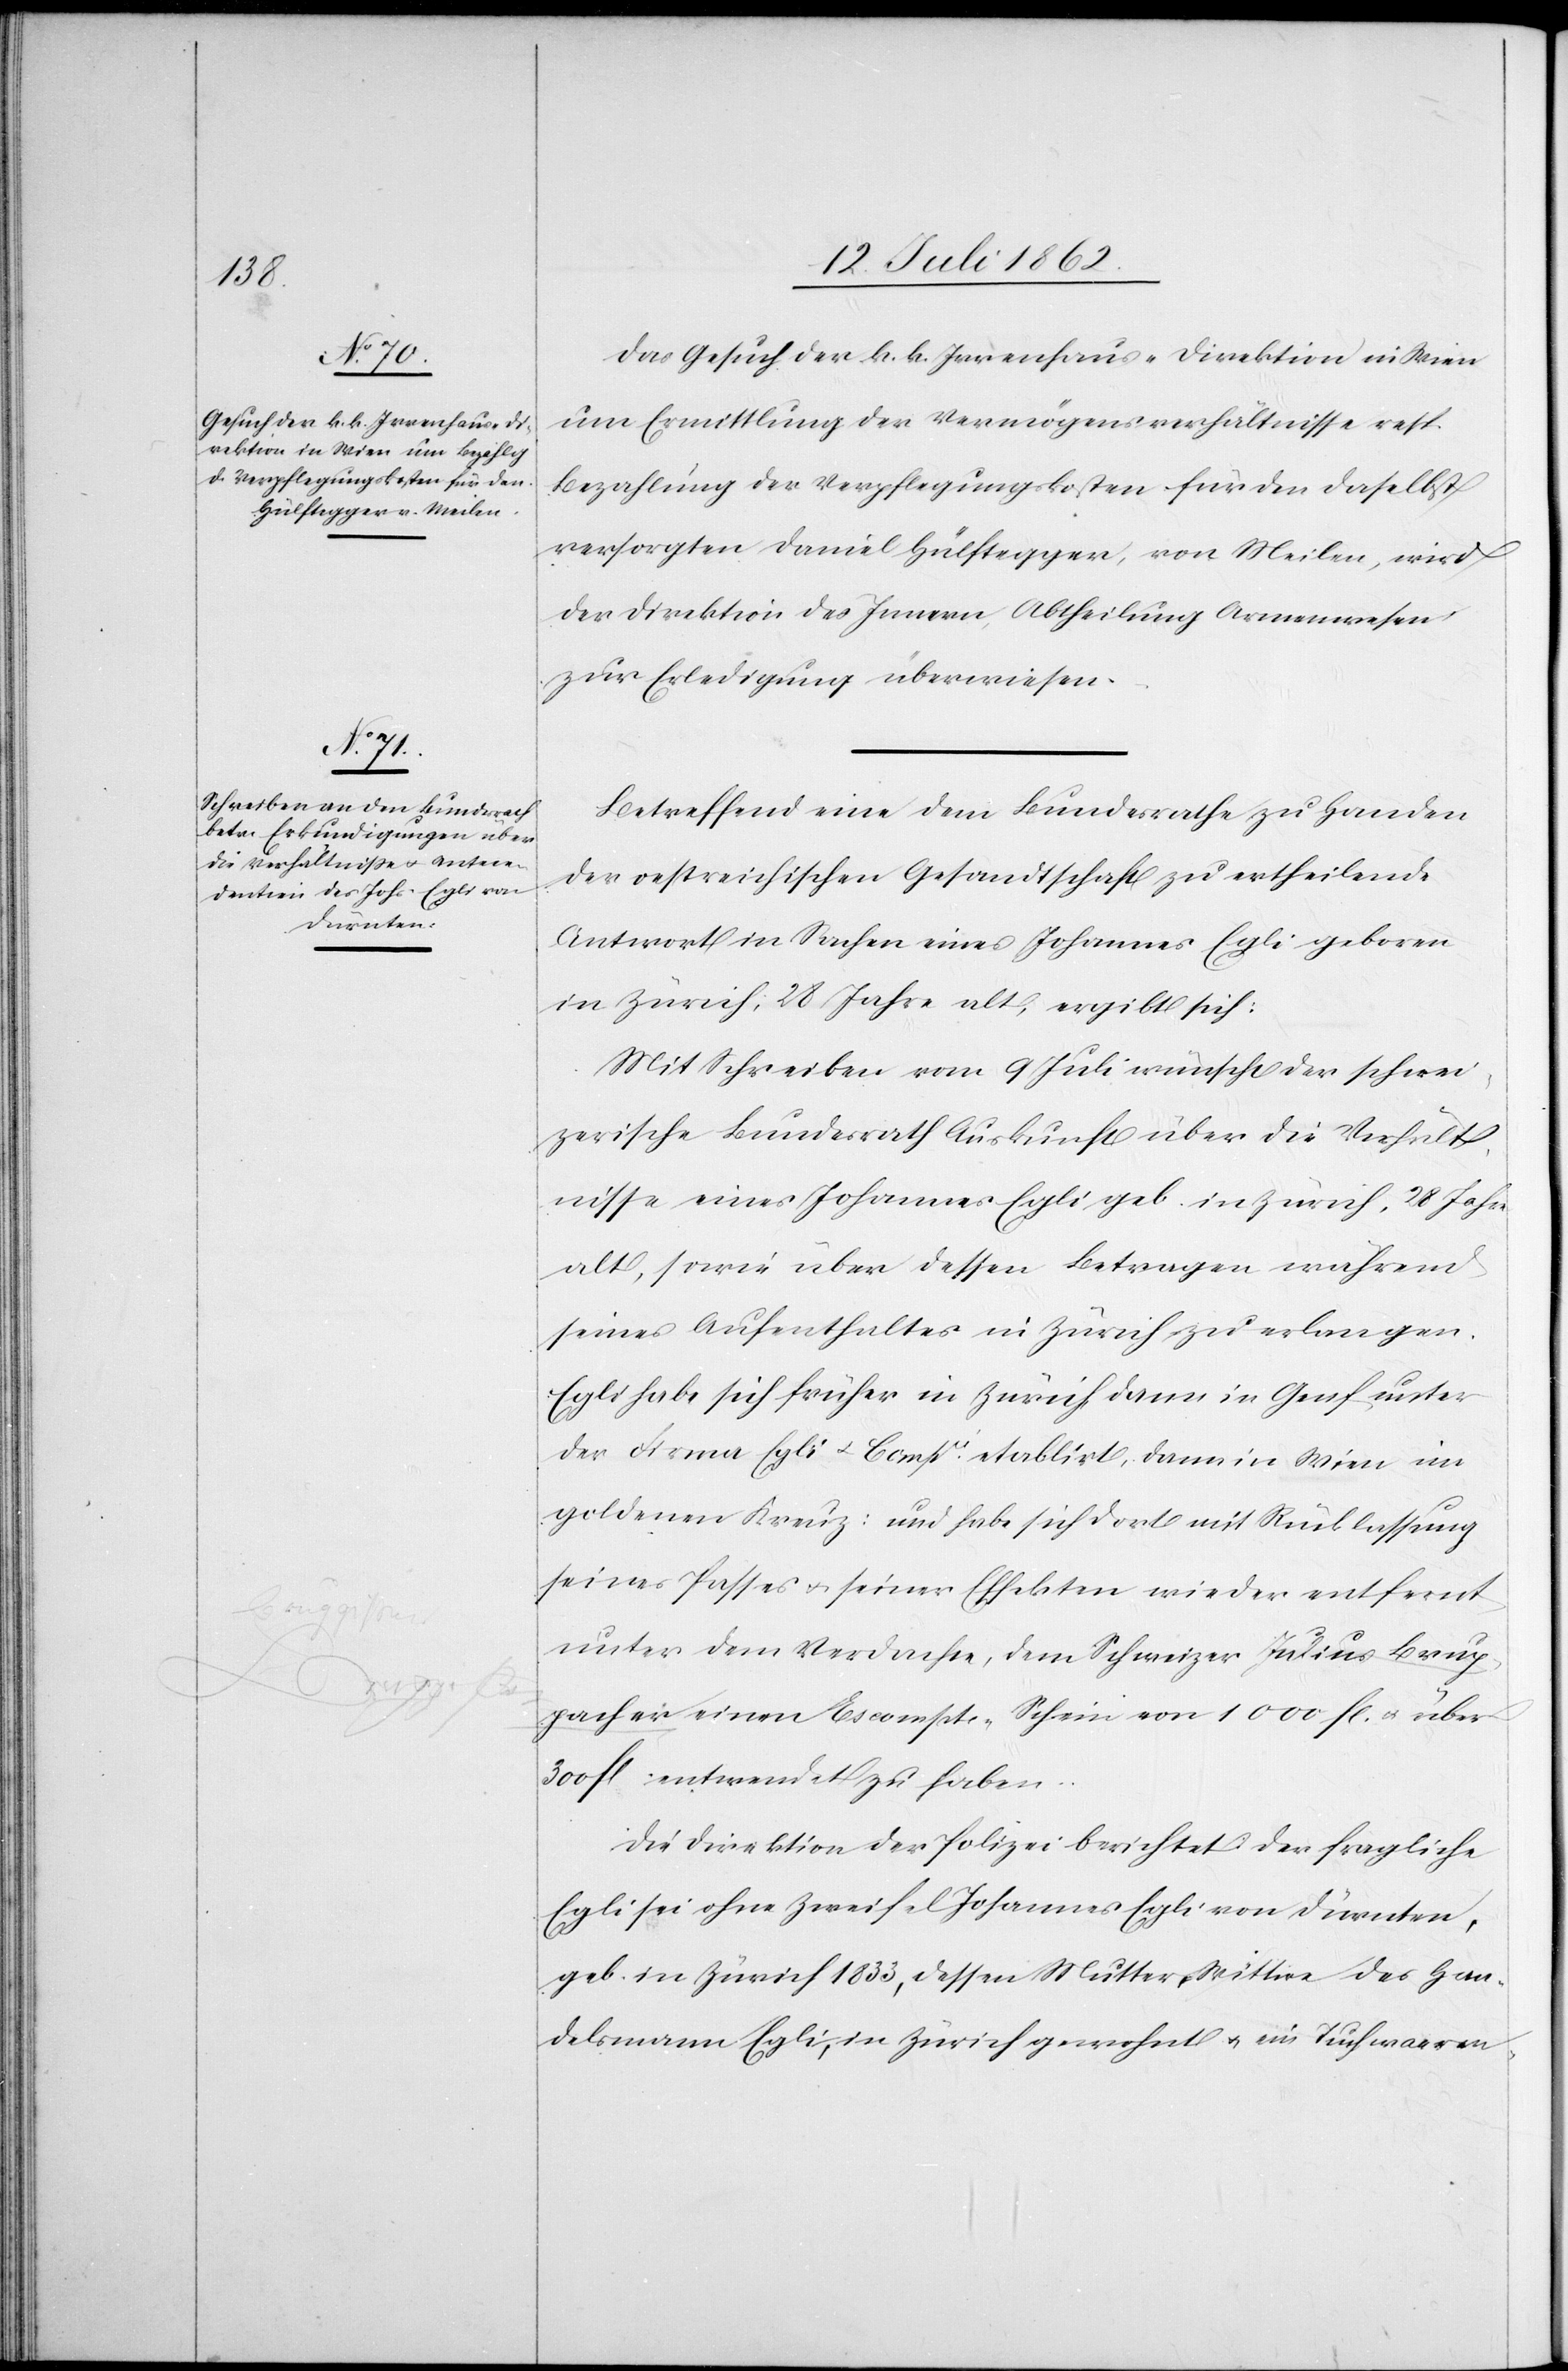
17. Juli 1862.]
Das Gesuch der k. k. Irrenhaus-Direktion in Wien
um Ermittlung der Vermögensverhältnisse resp.
Bezahlung der Verpflegungskosten für den daselbst
versorgten Daniel Hülftegger, von Meilen, wird
der Direktion des Innern, Abtheilung Armenwesen
zur Erledigung überwiesen.
Betreffend eine dem Bundesrathe zu Handen
der oestreichischen Gesandtschaft zu ertheilende
Antwort in Sachen eines Johannes Egli geboren
in Zürich, 28 Jahre alt, ergibt sich:
Mit Schreiben vom 9. Juli wünscht der schwei¬
zerische Bundesrath Auskunft über die Verhält¬
nisse eines Johannes Egli, geb. in Zürich, 28 Jahre
alt, sowie über dessen Betragen während
seines Aufenthaltes in Zürich zu erlangen.
Egli habe sich früher in Zürich dann in Genf unter
der Firma Egli u. Compie etablirt, dann in Wien im
goldenen Kreuz, und habe sich dort mit Rücklassung
seines Passes u. seiner Effekten wieder entfernt,
unter dem Verdachte, dem Schweizer Julius Brup¬
pacher einen Escompte-Schein von 1000 fl. u. über
300 fl. entwendet zu haben.
Die Direktion der Polizei berichtet der fragliche
Egli sei ohne Zweifel Johannes Egli von Dürnten,
geb. in Zürich 1833, dessen Mutter Wittwe des Han¬
delsmann Egli, in Zürich gewohnt u. ein Tuchwarren-